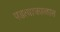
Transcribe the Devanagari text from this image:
पडत्याकाळात